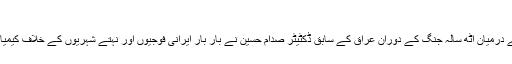
ابراہیم الدیلمی
ایرانی جنرل نے کہا کہ ایران اور عراق کے درمیان آٹھ سالہ جنگ کے دوران عراق کے سابق ڈکٹیٹر صدام حسین نے بار بار ایرانی فوجیوں اور نہتے شہریوں کے خلاف کیمیائی اور مائکروبیل ہتھیاروں کا استعمال کیا۔